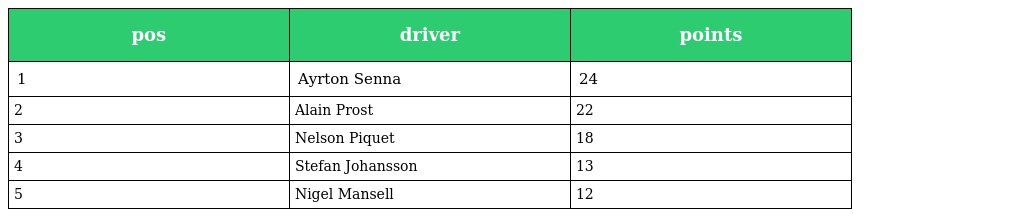
| pos | driver | points |
 | --- | --- | --- |
 | 1 | Ayrton Senna | 24 |
 | 2 | Alain Prost | 22 |
 | 3 | Nelson Piquet | 18 |
 | 4 | Stefan Johansson | 13 |
 | 5 | Nigel Mansell | 12 |